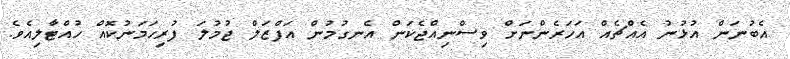
އެބުނަން އުޅުނު އެއްޗެއް އަހަރެންނަށް ވިސްނިއްޖެކަން އެނގުމުން އަފްޒަލް ޖުމުލަ ފުރިހަމަނުކޮއް ހުއްޓާލިއެވެ.